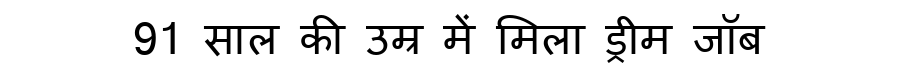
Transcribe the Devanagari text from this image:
91 साल की उम्र में मिला ड्रीम जॉब